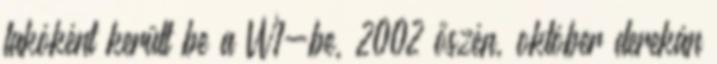
lakóként került be a VV1-be, 2002 őszén, október derekán